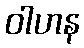
ဝါဟန